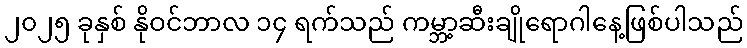
၂၀၂၅ ခုနှစ် နိုဝင်ဘာလ ၁၄ ရက်သည် ကမ္ဘာ့ဆီးချိုရောဂါနေ့ဖြစ်ပါသည်